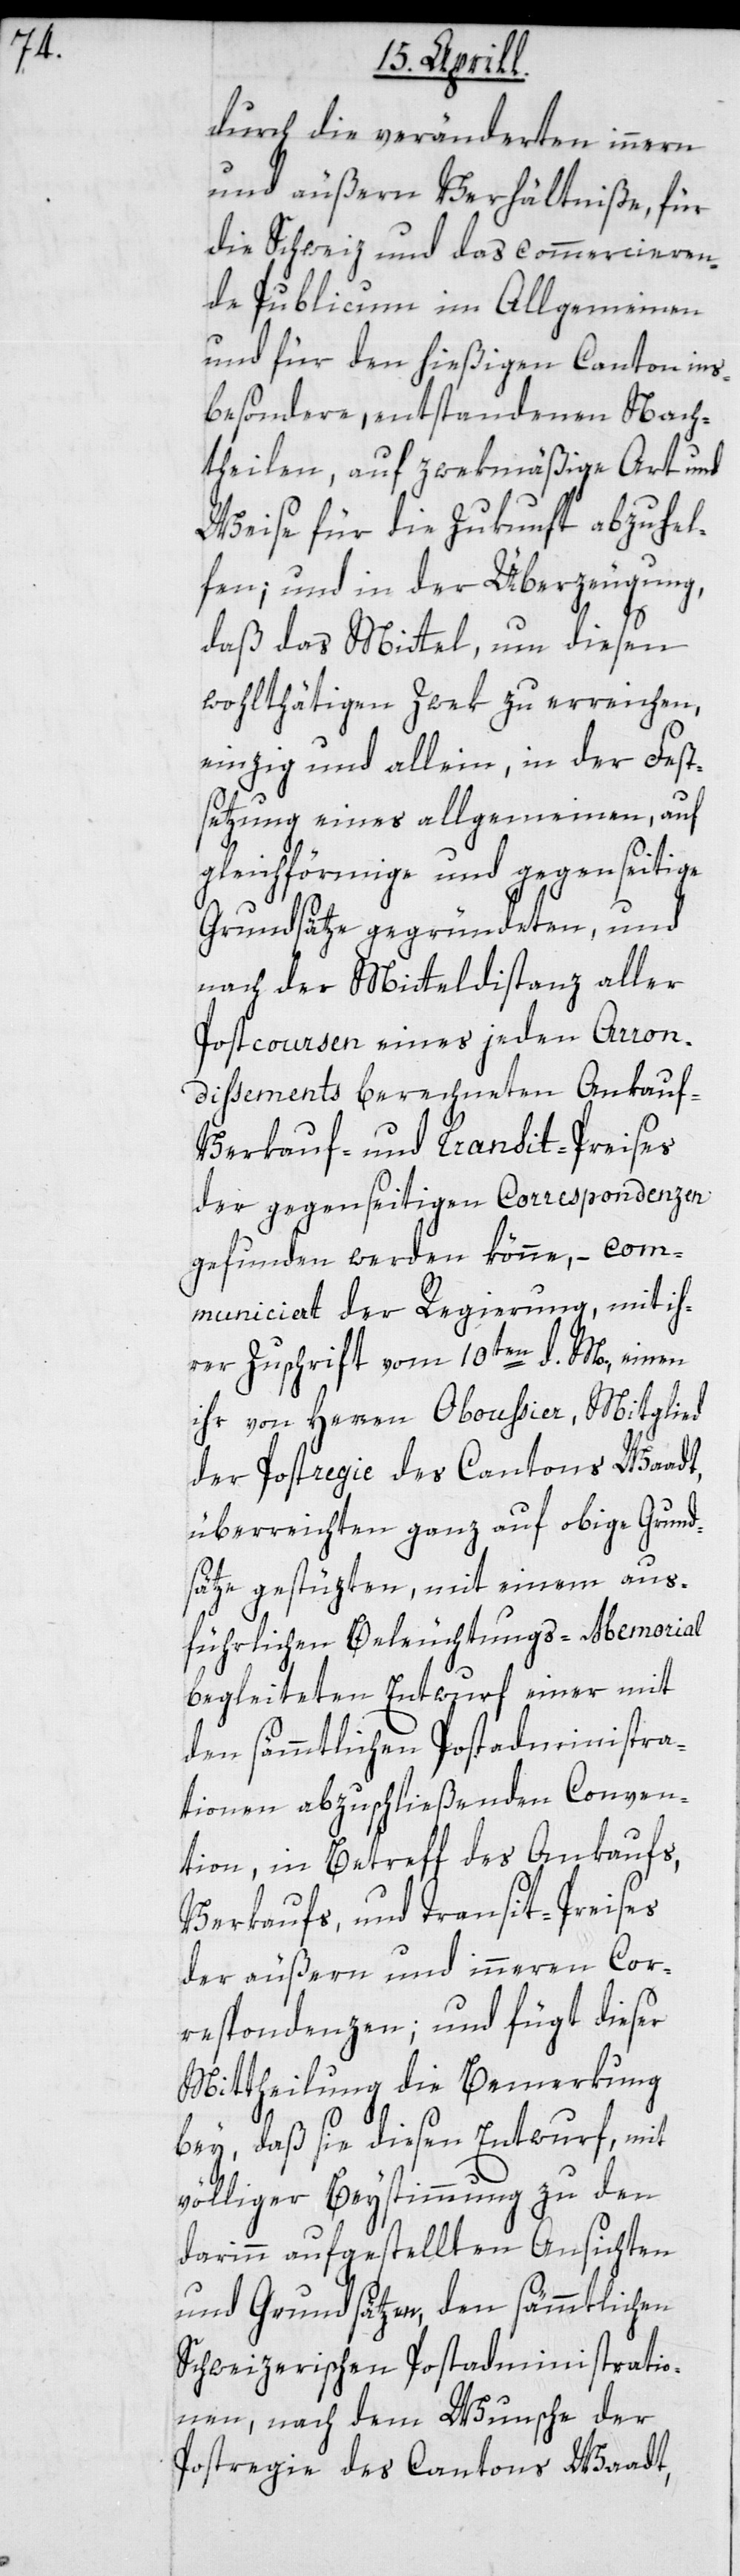
durch die veränderten innern
und äußern Verhältniße, für
die Schweiz und das commercieren¬
de Publicum im Allgemeinen
und für den hießigen Canton ins¬
besondere entstandenen Nach¬
theilen, auf zwekmäßige Art und
Weise für die Zukunft abzuhel¬
fen; und in der Überzeugung,
daß das Mittel, um diesen
wohlthätigen Zwek zu erreichen,
einzig und allein, in der Fest¬
setzung eines allgemeinen, auf
gleichförmige und gegenseitige
Grundsätze gegründeten, und
nach der Mitteldistanz aller
Postcoursen eines jeden Arron¬
dissements berechneten Ankauf-
Verkauf- und Transit-Preises
der gegenseitigen Correspondenzen
gefunden werden könne, – com¬
municiert der Regierung, mit ih¬
rer Zuschrift vom 10ten d. M., einen
ihr von Herren Oboussier, Mitglied
der Postregie des Cantons Waadt,
überreichten ganz auf obige Grund¬
sätze gestüzten, mit einem aus¬
führlichen Beleuchtungs-Memorial
begleiteten Entwurf einer mit
den sämmtlichen Postadministra¬
tionen abzuschließenden Conven¬
tion, in Betreff des Ankaufs,
Verkaufs, und Transit-Preises
der äußern und innern Cor¬
respondenzen; und fügt dieser
Mittheilung die Bemerkung
bey, daß sie diesen Entwurf, mit
völliger Beystimmung zu den
darinn aufgestellten Ansichten
und Grundsätzen den sämmtlichen
Schweizerischen Postadministratio¬
nen, nach dem Wunsche der
Postregie des Cantons Waadt,